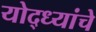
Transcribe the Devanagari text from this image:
योद्ध्यांचे